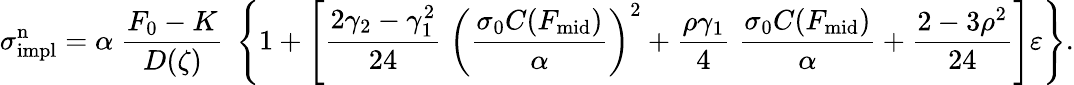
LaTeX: \sigma_{\mathrm{impl}}^{\mathrm{n}}=\alpha\; {\frac{F_{0}-K}{D(\zeta)}}\; \left\{ 1+\left[{\frac{2\gamma_{2}-\gamma_{1}^{2}}{24}}\; \left({\frac{\sigma_{0}C(F_{\mathrm{mid}})}{\alpha}}\right)^{2}+{\frac{\rho\gamma_{1}}{4}}\; {\frac{\sigma_{0}C(F_{\mathrm{mid}})}{\alpha}}+{\frac{2-3\rho^{2}}{24}}\right]\varepsilon\right\} .